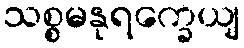
သစ္စမနုရက္ခေယျ